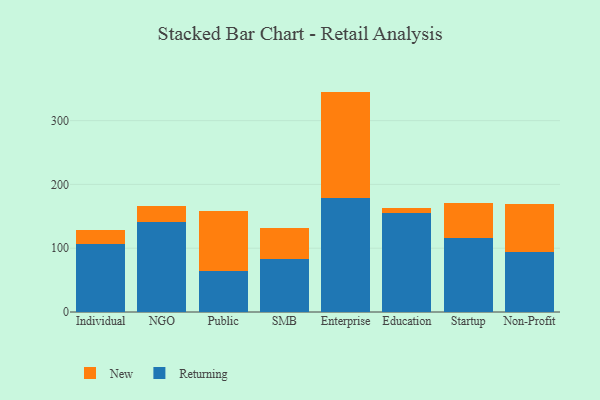
{"axis": {"x": "Segment", "y": "Conversion Rate (%)"}, "legend": ["New", "Returning"], "data": [{"x": "Individual", "y": 106.4, "type": "Returning"}, {"x": "Individual", "y": 21.9, "type": "New"}, {"x": "NGO", "y": 140.5, "type": "Returning"}, {"x": "NGO", "y": 26.1, "type": "New"}, {"x": "Public", "y": 64.0, "type": "Returning"}, {"x": "Public", "y": 93.7, "type": "New"}, {"x": "SMB", "y": 83.8, "type": "Returning"}, {"x": "SMB", "y": 47.5, "type": "New"}, {"x": "Enterprise", "y": 178.3, "type": "Returning"}, {"x": "Enterprise", "y": 167.2, "type": "New"}, {"x": "Education", "y": 155.5, "type": "Returning"}, {"x": "Education", "y": 8.1, "type": "New"}, {"x": "Startup", "y": 115.3, "type": "Returning"}, {"x": "Startup", "y": 55.4, "type": "New"}, {"x": "Non-Profit", "y": 93.5, "type": "Returning"}, {"x": "Non-Profit", "y": 75.2, "type": "New"}]}